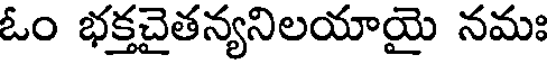
ఓం భక్తచైతన్యనిలయాయై నమః